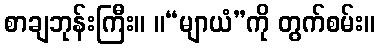
စာချဘုန်းကြီး။ ။“မျာယံ”ကို တွက်စမ်း။